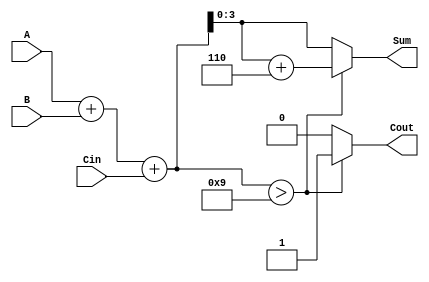
module BCD_Hybrid_Adder (
    input  wire [3:0] A,      // First BCD digit
    input  wire [3:0] B,      // Second BCD digit
    input  wire Cin,          // Carry input
    output reg  [3:0] Sum,    // BCD sum output
    output reg  Cout          // Carry output
);

    wire [4:0] binary_sum;    // 5-bit to hold the binary sum (A + B + Cin)
    
    // Step 1: Perform binary addition
    assign binary_sum = A + B + Cin;

    // Step 2: Check if correction is needed
    always @(*) begin
        if (binary_sum > 9) begin
            // If the sum exceeds 9, apply BCD correction
            Sum = binary_sum[3:0] + 4'b0110; // Add 6 to bring it back to BCD range
            Cout = 1; // Set carry out
        end else begin
            // If the sum is valid BCD
            Sum = binary_sum[3:0]; // Take the lower 4 bits
            Cout = 0; // No carry out
        end
    end

endmodule